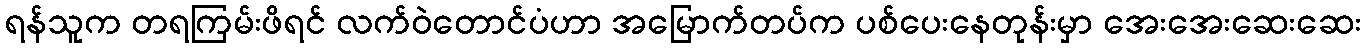
ရန်သူက တရကြမ်းဖိရင် လက်ဝဲတောင်ပံဟာ အမြောက်တပ်က ပစ်ပေးနေတုန်းမှာ အေးအေးဆေးဆေး